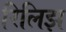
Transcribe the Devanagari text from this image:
रिलिझ